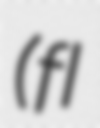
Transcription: (fl